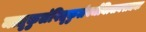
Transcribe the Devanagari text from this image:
मातृकुलंपितृकुलंवर्जयित्वानराधमः